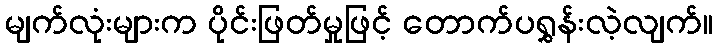
မျက်လုံးများက ပိုင်းဖြတ်မှုဖြင့် တောက်ပရွှန်းလဲ့လျက်။